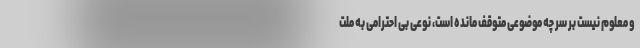
و معلوم نیست بر سر چه موضوعی متوقف مانده است، نوعی بی احترامی به ملت